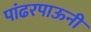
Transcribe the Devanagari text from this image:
पांढरपाऊनी